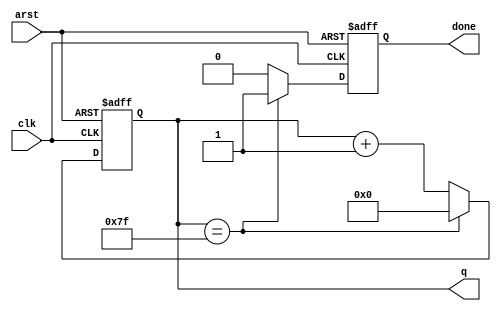
module mod_counter(clk, arst, q, done) ;
    parameter N = 7 ;
    parameter MAX = 127 ;
    input clk,arst;
    output [N-1:0] q ;
    output done ;

    reg [N-1:0] q ;
    reg done ;

    always @(posedge clk or posedge arst)
    begin
        if (arst == 1'b1)
        begin
            q <= 0 ;
            done <= 0 ;
        end
        else if (q == MAX)
        begin
            q <= 0 ;
            done <= 1 ;
        end
        else
        begin
            q <= q + 1 ;
            done <= 0 ;
        end
    end
endmodule
module display_at_n_second(clk, arst, seg, an, text, done) ;
    parameter NUM_SEC = 1 ;
    parameter C = 35; //27 for 1 sec
    parameter N = 7 ;
    parameter W = 4 ;
    parameter CRYSTAL = 100 ; // 100 MHZ
    parameter [C-1:0] STOPAT = (CRYSTAL * 1_000_000 * NUM_SEC)- 1 ;

    input clk, arst ;
    input [15:0] text ;
    output [0:N-1] seg ;
    output [W-1:0] an ;
    output done ;
    wire [C-1:0] clock ;

    mod_counter #(C,STOPAT) U(clk, arst, clock, done) ;
    display #(C)T(text,clk,arst, seg, an) ;
endmodule